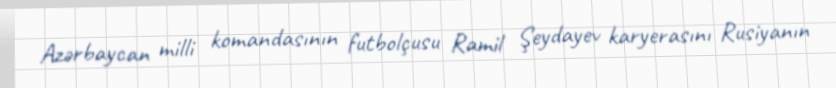
Azərbaycan milli komandasının futbolçusu Ramil Şeydayev karyerasını Rusiyanın